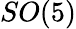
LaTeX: SO(5)